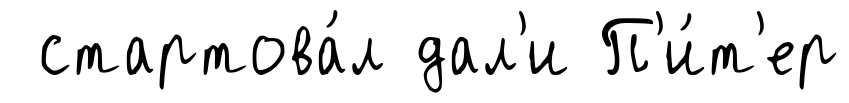
стартова́л дал'и П'и́т'ер